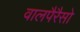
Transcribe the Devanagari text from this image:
वालपैरैसो